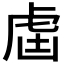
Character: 𧆣